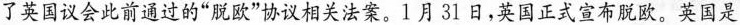
了英国议会此前通过的”脱欧”协议相关法案。l月31日，英国正式宣布脱欧。英国是